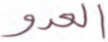
العدو